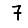
Digit: 7